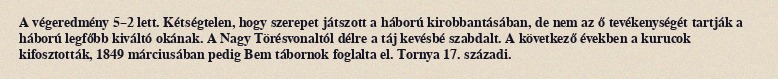
A végeredmény 5–2 lett. Kétségtelen, hogy szerepet játszott a háború kirobbantásában, de nem az ő tevékenységét tartják a háború legfőbb kiváltó okának. A Nagy Törésvonaltól délre a táj kevésbé szabdalt. A következő években a kurucok kifosztották, 1849 márciusában pedig Bem tábornok foglalta el. Tornya 17. századi.